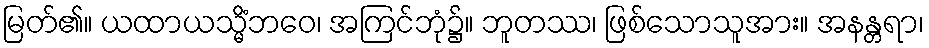
မြတ်၏။ ယထာယသ္မိံဘဝေ၊ အကြင်ဘုံ၌။ ဘူတဿ၊ ဖြစ်သောသူအား။ အနန္တရာ၊